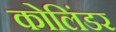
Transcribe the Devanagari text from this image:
कोलिंडर